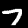
Label: 7